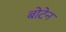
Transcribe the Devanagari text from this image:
बोटेन